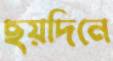
ছয়দিনে